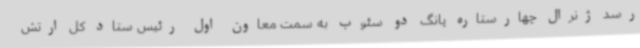
رسد ژنرال چهارستاره پانگ دو سئوب به سمت معاون اول رئیس ستاد کل ارتش